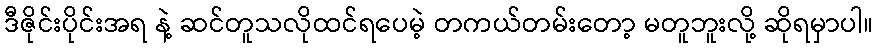
ဒီဇိုင်းပိုင်းအရ နဲ့ ဆင်တူသလိုထင်ရပေမဲ့ တကယ်တမ်းတော့ မတူဘူးလို့ ဆိုရမှာပါ။